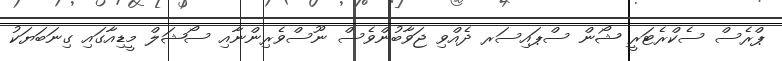
ޕްރެސް ސެކްރެޓަރީ ޝޯން ސްޕައިސަރ ދެއްވި ޖަވާބުންވެސް ނޫސްވެރިންނާއި ސޯޝަލް މީޑިއާގައި ގިނަބަޔަކު